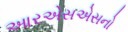
આરએસએસનો